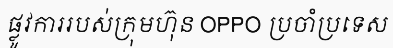
ផ្លូវការរបស់ក្រុមហ៊ុន OPPO ប្រចាំប្រទេស